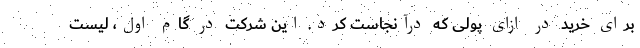
برای خرید در ازای پولی که درآنجاست کرد. این شرکت در گام اول، لیست